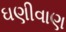
ઘણીવાણ